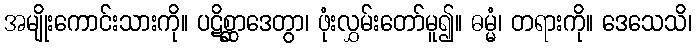
အမျိုးကောင်းသားကို။ ပဋိစ္ဆာဒေတွာ၊ ဖုံးလွှမ်းတော်မူ၍။ ဓမ္မံ၊ တရားကို။ ဒေသေသိ၊